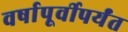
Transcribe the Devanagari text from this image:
वर्षापूर्वीपर्यंत